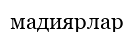
мадиярлар